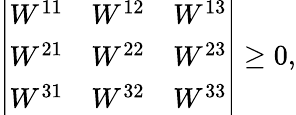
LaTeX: \left|\begin{array}{ccc}{{W^{11}}}&{{W^{12}}}&{{W^{13}}}\\ {{W^{21}}}&{{W^{22}}}&{{W^{23}}}\\ {{W^{31}}}&{{W^{32}}}&{{W^{33}}}\end{array}\right|\geq 0,